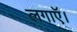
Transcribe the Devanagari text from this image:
लगाऍ।